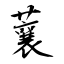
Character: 蘘